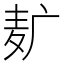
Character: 𱋈